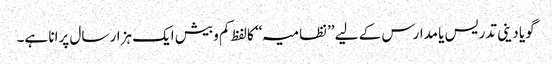
گویا دینی تدریس یا مدارس کے لیے ’’نظامیہ‘‘ کالفظ کم وبیش ایک ہزار سال پرانا ہے۔